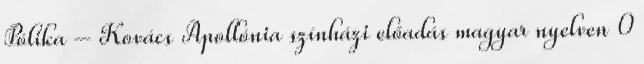
Pólika – Kovács Apollónia színházi előadás magyar nyelven 0